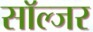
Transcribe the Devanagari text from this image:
साॅल्जर